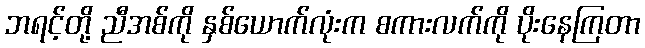
ဘရင့်တို့ ညီအစ်ကို နှစ်ယောက်လုံးက စကားလက်ကို ပိုးနေကြတာ